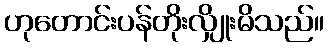
ဟုတောင်းပန်တိုးလျှိုးမိသည်။